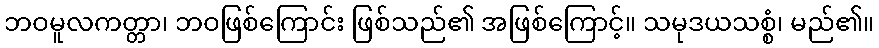
ဘဝမူလကတ္တာ၊ ဘဝဖြစ်ကြောင်း ဖြစ်သည်၏ အဖြစ်ကြောင့်။ သမုဒယသစ္စံ၊ မည်၏။